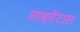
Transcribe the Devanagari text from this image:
लाइमेंटाल